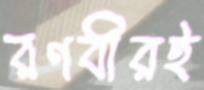
রণবীরই